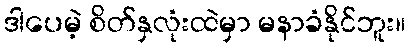
ဒါပေမဲ့ စိတ်နှလုံးထဲမှာ မနာခံနိုင်ဘူး။